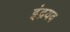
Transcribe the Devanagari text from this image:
इंद्रयव